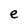
Character: e